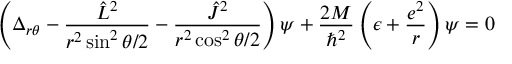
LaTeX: \left( \Delta _ { r \theta } - \frac { { \hat { L } } ^ { 2 } } { r ^ { 2 } \sin ^ { 2 } \theta / 2 } - \frac { { \hat { J } } ^ { 2 } } { r ^ { 2 } \cos ^ { 2 } \theta / 2 } \right) \psi + \frac { 2 M } { \hbar ^ { 2 } } \left( \epsilon + \frac { e ^ { 2 } } { r } \right) \psi = 0